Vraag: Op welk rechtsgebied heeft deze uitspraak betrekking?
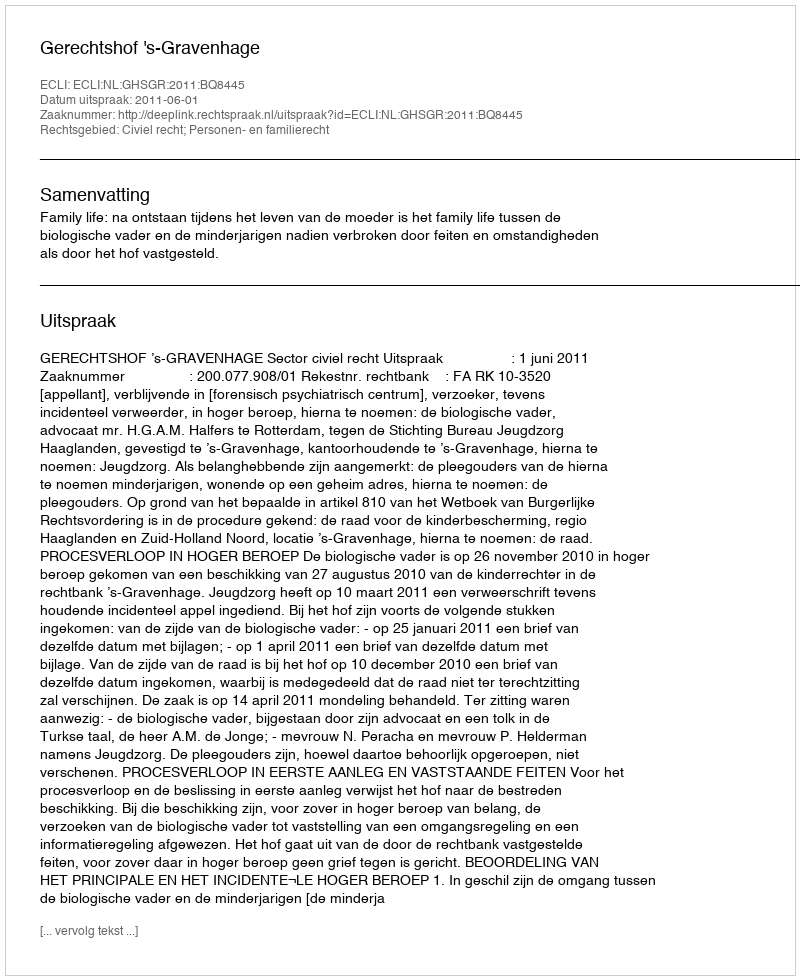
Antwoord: Civiel recht; Personen- en familierecht